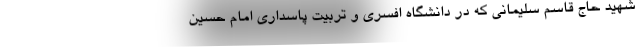
شهید حاج قاسم سلیمانی که در دانشگاه افسری و تربیت پاسداری امام حسین